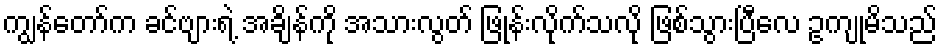
ကျွန်တော်က ခင်ဗျားရဲ့ အချိန်ကို အသားလွတ် ဖြုန်းလိုက်သလို ဖြစ်သွားပြီလေ ဥကျုမိသည်